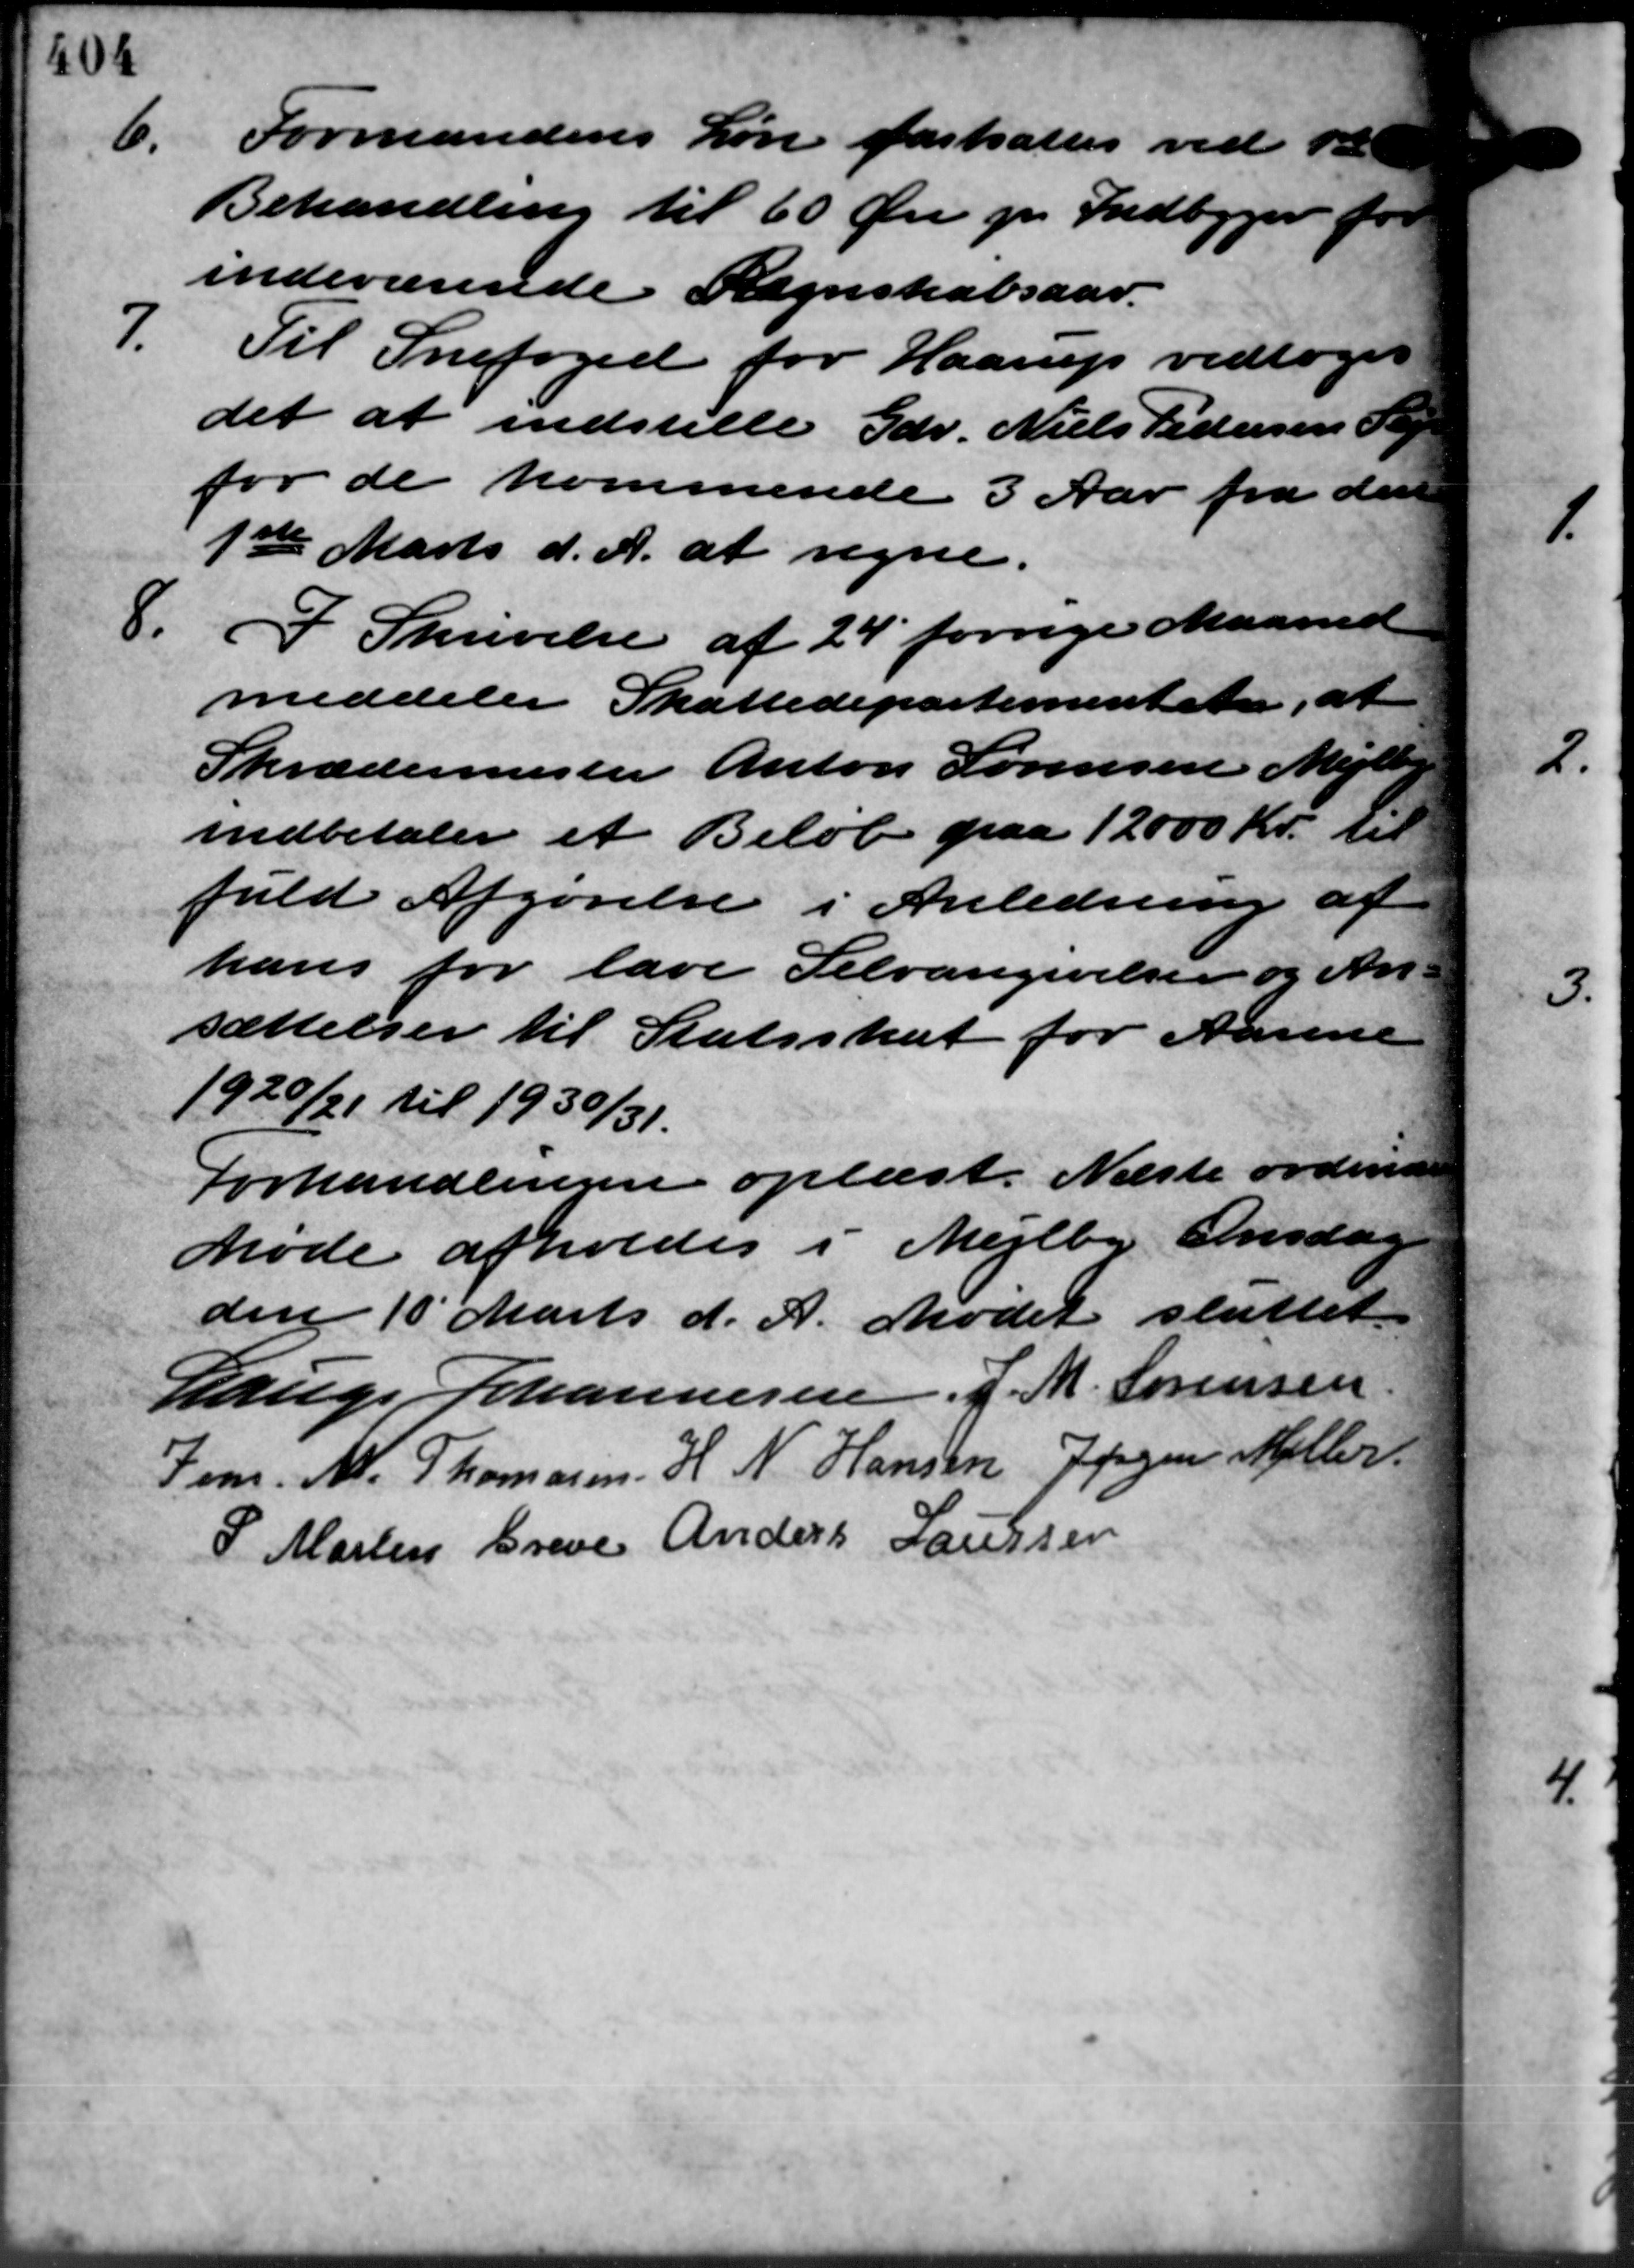
Transskription:
6.
Formandens Løn fastsattes ved 12
Behandling til 60 Øre pr. Indbyger for
indeværende Regnskabsaar.
7.
Til Snefoged for Haarup vedtoges
det at indstille Gdr. Niels Pedersen Sl
for de kommende 3 Aar fra den
1ste Marts d. A. at regne.
8. I Skrivelse af 24 forrige Maaned
8. I Skrivelse af 24 forrige Maaned
meddeler Skattedepartementet, at
Skrædermester Anton Sørensen Mejlby
indbetaler et Beløb paa 12.000 Kr. til
fuld Afgørelse i Anledning af
hans for lave Selvangivelser og An –
sættelser til Statsskat for Aarene
1920/21 til 1930/31.
Forhandlingen oplæst. Næste ordinære
Møde afholdes i Mejlby Onsdag
den 10´ Marts d. A. Mødet sluttet.
Lauge Johannesen. J. M. Sørensen
Jens. M. Thomasen H. N. Hansen Jørgen Møller
P. Martin Greve Anders Laursen